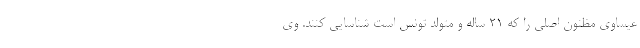
عیساوی مظنون اصلی را که ۲۱ ساله و متولد تونس است شناسایی کنند. وی